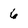
Character: 6